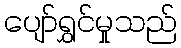
ပျော်ရွှင်မှုသည်